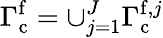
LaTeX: \Gamma_{\mathrm{c}}^{\mathrm{f}}=\cup_{j=1}^{J}\Gamma_{\mathrm{c}}^{\mathrm{f},j}